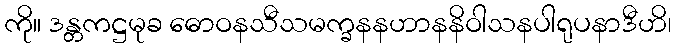
ကို။ ဒန္တကဋ္ဌမုခ ဓောဝနသီသမက္ခနနဟာနနိဝါသနပါရုပနာဒီဟိ၊